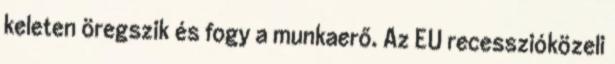
keleten öregszik és fogy a munkaerő. Az EU recesszióközeli